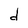
Character: d